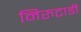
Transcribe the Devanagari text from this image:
निरुटाडी